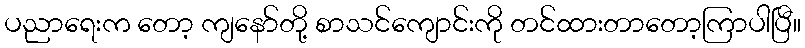
ပညာရေးက တော့ ကျနော်တို့ စာသင်ကျောင်းကို တင်ထားတာတော့ကြာပါပြီ။